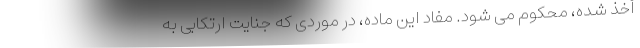
أخذ شده، محکوم می شود. مفاد این ماده، در موردی که جنایت ارتکابی به